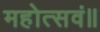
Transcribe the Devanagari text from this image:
महोत्सवं॥